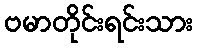
ဗမာတိုင်းရင်းသား